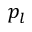
p _ { l }